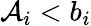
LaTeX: \mathcal{A}_{i}<b_{i}